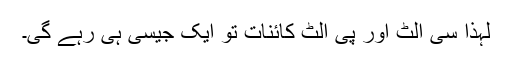
لہٰذا سی الٹ اور پی الٹ کائنات تو ایک جیسی ہی رہے گی۔